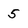
Character: 5